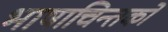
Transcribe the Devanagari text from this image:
भाषाचिन्तको